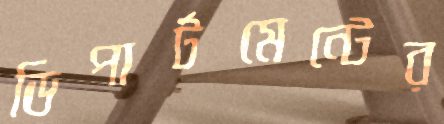
ডিপার্টমেন্টের